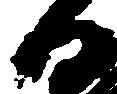
日